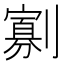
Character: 𭄖